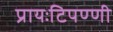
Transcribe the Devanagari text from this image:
प्रायःटिपण्णी